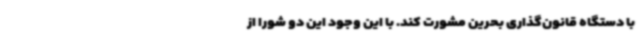
با دستگاه قانون‌گذاری بحرین مشورت کند. با این وجود این دو شورا از